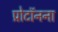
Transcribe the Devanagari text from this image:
प्रोटॉनना